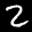
Label: 2